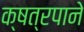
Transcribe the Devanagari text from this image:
क्षत्रपाने